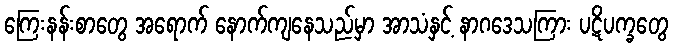
ကြေးနန်းစာတွေ အရောက် နောက်ကျနေသည်မှာ အာသံနှင့် နာဂဒေသကြား ပဋိပက္ခတွေ